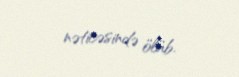
nəticəsində ölüb.